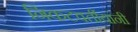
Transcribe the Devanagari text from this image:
निकटवर्तीयांनी